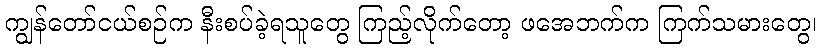
ကျွန်တော်ငယ်စဉ်က နီးစပ်ခဲ့ရသူတွေ ကြည့်လိုက်တော့ ဖအေဘက်က ကြက်သမားတွေ၊